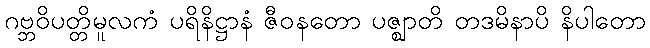
ဂဗ္ဘဝိပတ္တိမူလကံ ပရိနိဋ္ဌာနံ ဇီဝနတော ပဇ္ဈာတိ တဒမိနာပိ နိပါတော